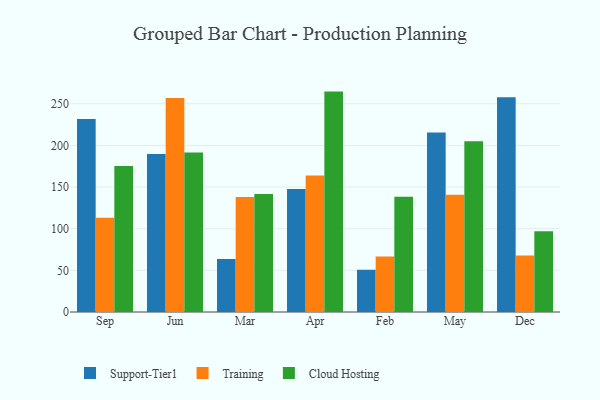
{"axis": {"x": "Month", "y": "Conversion Rate (%)"}, "legend": ["Cloud Hosting", "Support-Tier1", "Training"], "data": [{"x": "Sep", "y": 231.7, "type": "Support-Tier1"}, {"x": "Sep", "y": 113.1, "type": "Training"}, {"x": "Sep", "y": 175.4, "type": "Cloud Hosting"}, {"x": "Jun", "y": 189.7, "type": "Support-Tier1"}, {"x": "Jun", "y": 256.9, "type": "Training"}, {"x": "Jun", "y": 191.6, "type": "Cloud Hosting"}, {"x": "Mar", "y": 63.6, "type": "Support-Tier1"}, {"x": "Mar", "y": 138.0, "type": "Training"}, {"x": "Mar", "y": 141.8, "type": "Cloud Hosting"}, {"x": "Apr", "y": 147.6, "type": "Support-Tier1"}, {"x": "Apr", "y": 164.0, "type": "Training"}, {"x": "Apr", "y": 264.6, "type": "Cloud Hosting"}, {"x": "Feb", "y": 50.7, "type": "Support-Tier1"}, {"x": "Feb", "y": 66.5, "type": "Training"}, {"x": "Feb", "y": 138.3, "type": "Cloud Hosting"}, {"x": "May", "y": 215.6, "type": "Support-Tier1"}, {"x": "May", "y": 140.9, "type": "Training"}, {"x": "May", "y": 204.9, "type": "Cloud Hosting"}, {"x": "Dec", "y": 257.8, "type": "Support-Tier1"}, {"x": "Dec", "y": 67.8, "type": "Training"}, {"x": "Dec", "y": 96.9, "type": "Cloud Hosting"}]}